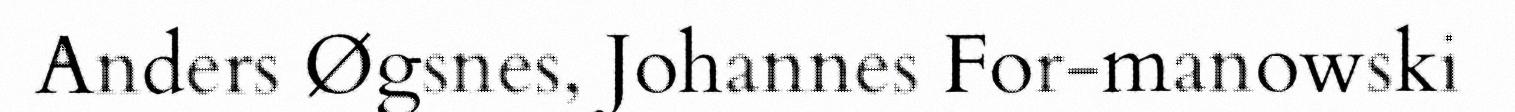
Anders Øgsnes, Johannes For-manowski